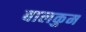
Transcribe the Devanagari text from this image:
बालकुम